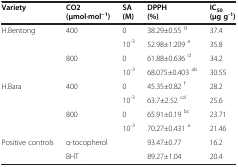
<table><thead><tr><td><b>Variety</b></td><td><b>CO2(μmol·mol<sup>−1</sup>)</b></td><td><b>SA (M)</b></td><td><b>DPPH (%)</b></td><td><b>IC<sub>50</sub>(μg g<sup>-1</sup>)</b></td></tr></thead><tbody><tr><td>H.Bentong</td><td>400</td><td>0</td><td>38.29±0.55 <sup>g</sup></td><td>37.4</td></tr><tr><td> </td><td> </td><td>10<sup>-3</sup></td><td>52.98±1.209 <sup>e</sup></td><td>35.8</td></tr><tr><td> </td><td>800</td><td>0</td><td>61.88±0.636 <sup>d</sup></td><td>34.2</td></tr><tr><td> </td><td> </td><td>10<sup>-3</sup></td><td>68.075±0.403 <sup>ab</sup></td><td>30.55</td></tr><tr><td>H.Bara</td><td>400</td><td>0</td><td>45.35±0.82 <sup>f</sup></td><td>28.2</td></tr><tr><td> </td><td> </td><td>10<sup>-3</sup></td><td>63.7±2.52 <sup>cd</sup></td><td>25.6</td></tr><tr><td> </td><td>800</td><td>0</td><td>65.91±0.19 <sup>bc</sup></td><td>23.71</td></tr><tr><td> </td><td> </td><td>10<sup>-3</sup></td><td>70.27±0.431 <sup>a</sup></td><td>21.46</td></tr><tr><td>Positive controls</td><td colspan="2">α-tocopherol</td><td>93.47±0.77</td><td>16.2</td></tr><tr><td> </td><td colspan="2">BHT</td><td>89.27±1.04</td><td>20.4</td></tr></tbody></table>